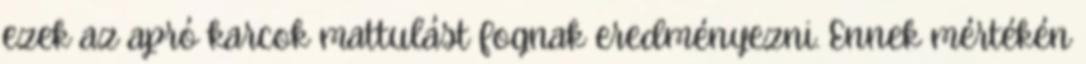
ezek az apró karcok mattulást fognak eredményezni. Ennek mértékén